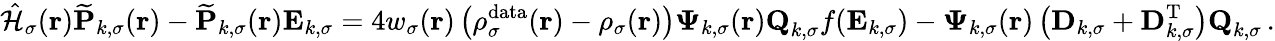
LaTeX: \hat{\mathcal{{H}}}_{\sigma}(\boldsymbol{\textbf{r}})\mathbf{\widetilde{P}}_{k,\sigma}(\boldsymbol{\textbf{r}})-\mathbf{\widetilde{P}}_{k,\sigma}(\boldsymbol{\textbf{r}})\mathbf{E}_{k,\sigma}=4w_{\sigma}(\boldsymbol{\textbf{r}})\left(\rho_{\sigma}^{\mathrm{data}}(\boldsymbol{\textbf{r}})-\rho_{\sigma}(\boldsymbol{\textbf{r}})\right)\boldsymbol{\Psi}_{k,\sigma}(\boldsymbol{\textbf{r}})\textbf{Q}_{k,\sigma}f(\mathbf{E}_{k,\sigma})-\boldsymbol{\Psi}_{k,\sigma}(\boldsymbol{\textbf{r}})\left(\mathbf{D}_{k,\sigma}+\mathbf{D}_{k,\sigma}^{\mathrm{T}}\right)\textbf{Q}_{k,\sigma}\, .